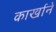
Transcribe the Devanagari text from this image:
कार्खाने